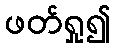
ဖတ်ရှု၍